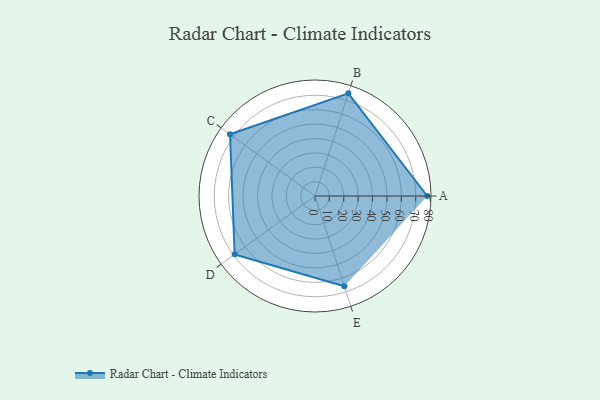
{"axis": {"x": "Skill", "y": "Score"}, "legend": ["Profile"], "data": [{"x": "A", "y": 78.0, "type": "Profile"}, {"x": "B", "y": 75.0, "type": "Profile"}, {"x": "C", "y": 73.0, "type": "Profile"}, {"x": "D", "y": 69.0, "type": "Profile"}, {"x": "E", "y": 66.0, "type": "Profile"}]}